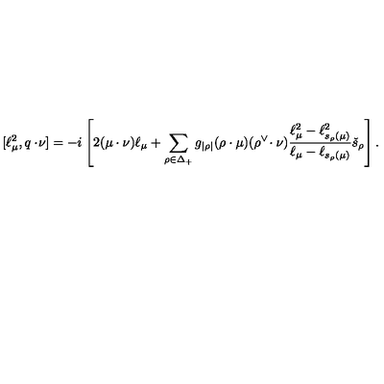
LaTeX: [ \ell _ { \mu } ^ { 2 } , q \cdot \! \nu ] = - i \left[ 2 ( \mu \cdot \nu ) \ell _ { \mu } + \sum _ { \rho \in \Delta _ { + } } g _ { | \rho | } ( \rho \cdot \mu ) ( \rho ^ { \vee } \! \cdot \nu ) \frac { \ell _ { \mu } ^ { 2 } - \ell _ { s _ { \rho } ( \mu ) } ^ { 2 } } { \ell _ { \mu } - \ell _ { s _ { \rho } ( \mu ) } } \check { s } _ { \rho } \right] .